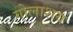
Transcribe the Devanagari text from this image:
गोलाशय